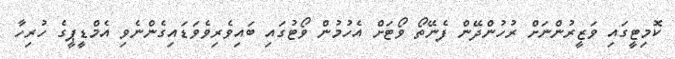
ކޮމިޓީގައި ވަޒީރުންނަށް ރުހުންދޭން ފެނޭތޯ ވޯޓަށް އެހުމުން ވޯޓުގައި ބައިވެރިވެވަޑައިގެންނެވި އެމްޑީޕީގެ ހުރިހާ